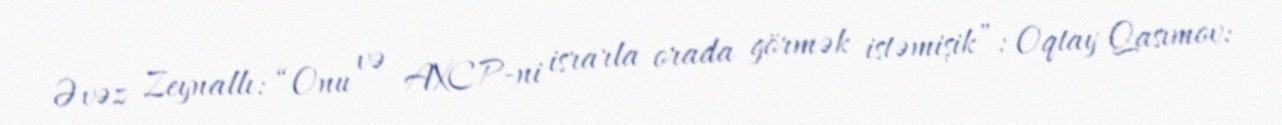
Əvəz Zeynallı: “Onu və AXCP-ni israrla orada görmək istəmişik”; Oqtay Qasımov: